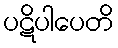
ပဋိပါပေတိ